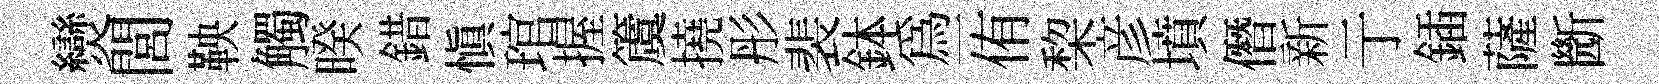
𤓖閭鞅觸暌錯慎琯握𥵂撓彤裴鉢為一侑棃彦墳僭新亍鍤薩㫁